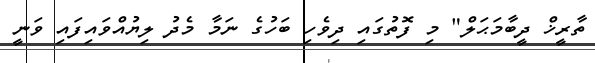
ތާރީޚް ދީބާމަޙަލް" މި ފޮތުގައި ދިވެހި ބަހުގެ ނަމާ މެދު ލިޔުއްވައިފައި ވަނީ